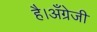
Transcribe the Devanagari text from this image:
है।अँग्रेजी